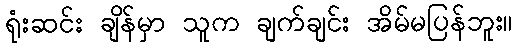
ရုံးဆင်း ချိန်မှာ သူက ချက်ချင်း အိမ်မပြန်ဘူး။